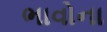
ભાવોના